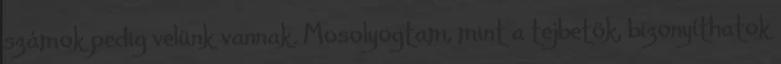
számok pedig velünk vannak. Mosolyogtam, mint a tejbetök, bizonyíthatok